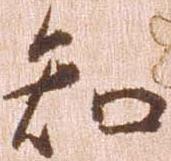
知